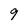
Character: 9